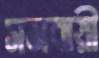
সমবায়ী